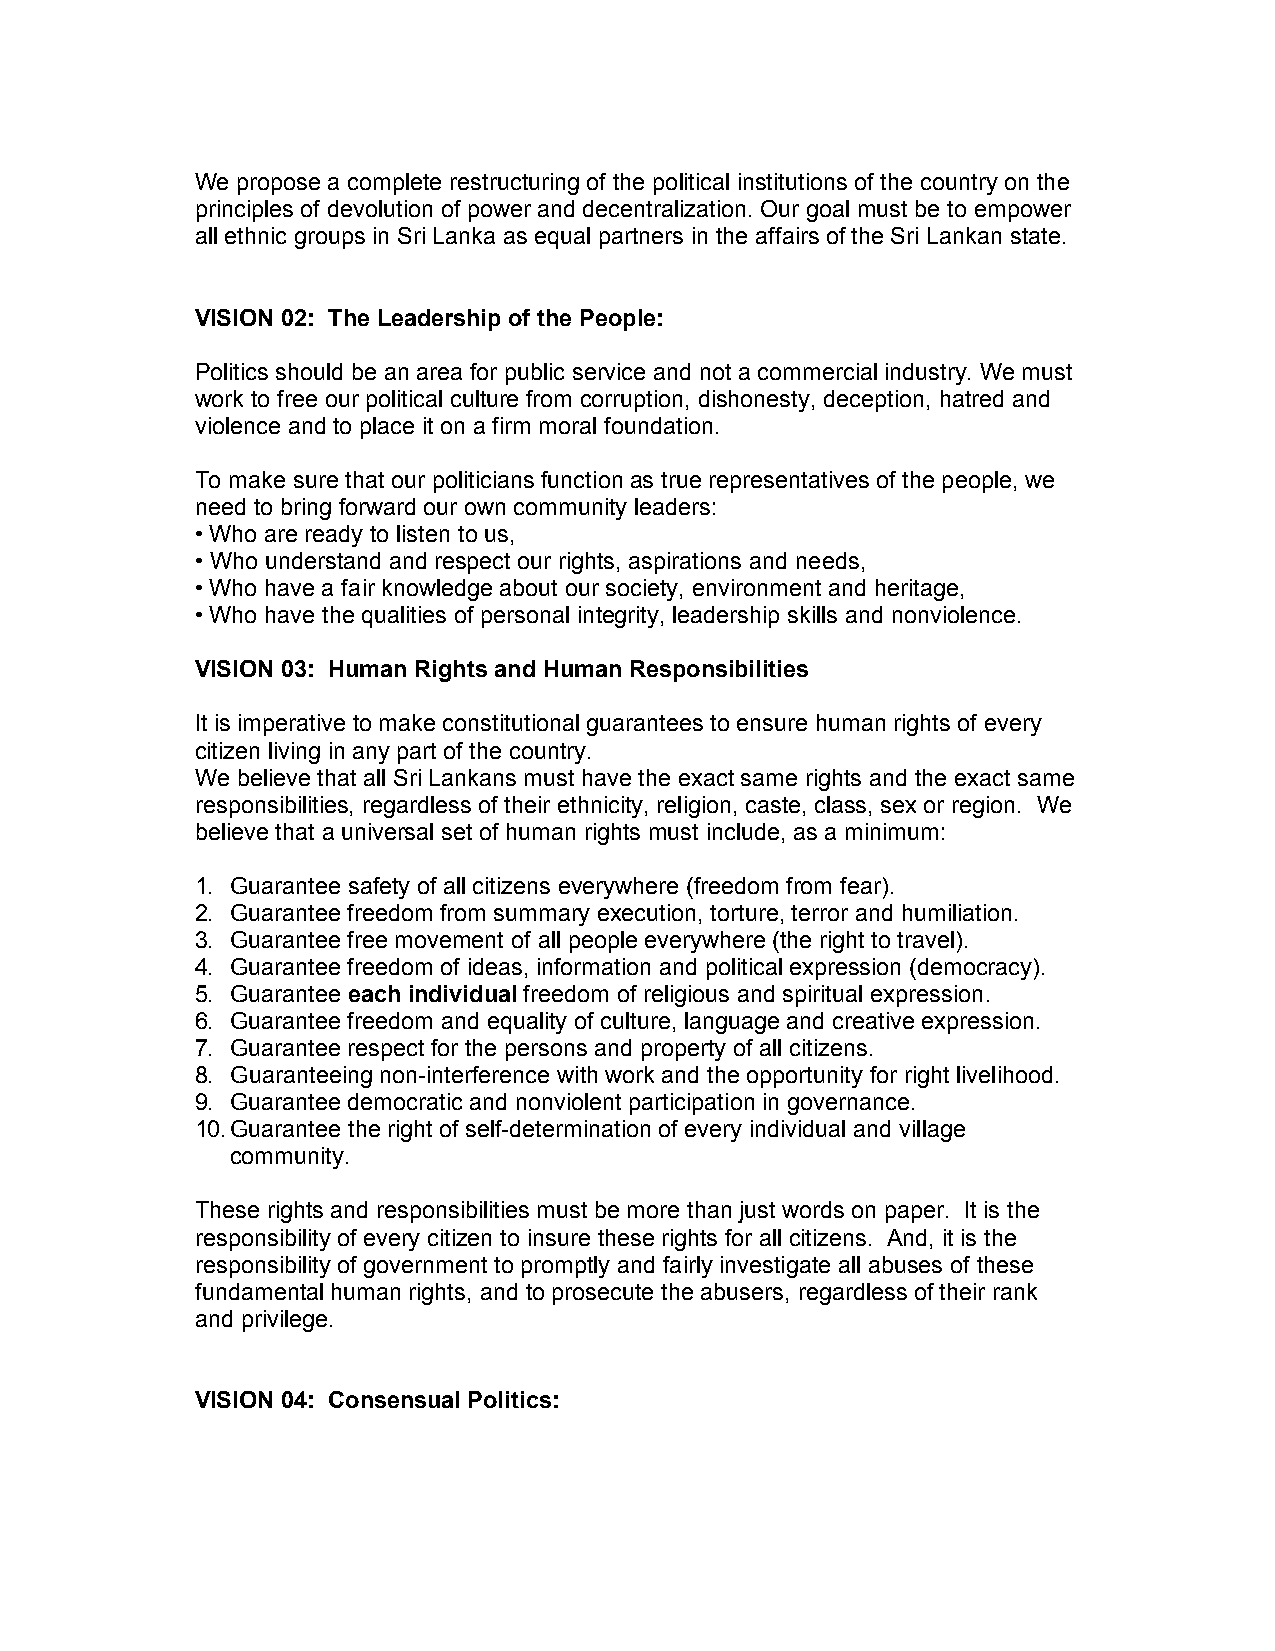
We propose a complete restructuring of the political institutions of the country on the
 principles of devolution of power and decentralization. Our goal must be to empower
 all ethnic groups in Sri Lanka as equal partners in the affairs of the Sri Lankan state.
 VISION 02: The Leadership of the People:
 Politics should be an area for public service and not a commercial industry. We must
 work to free our political culture from corruption, dishonesty, deception, hatred and
 violence and to place it on a firm moral foundation.
 To make sure that our politicians function as true representatives of the people, we
 need to bring forward our own community leaders:
 • Who are ready to listen to us,
 • Who understand and respect our rights, aspirations and needs,
 • Who have a fair knowledge about our society, environment and heritage,
 • Who have the qualities of personal integrity, leadership skills and nonviolence.
 VISION 03: Human Rights and Human Responsibilities
 It is imperative to make constitutional guarantees to ensure human rights of every
 citizen living in any part of the country.
 We believe that all Sri Lankans must have the exact same rights and the exact same
 responsibilities, regardless of their ethnicity, religion, caste, class, sex or region. We
 believe that a universal set of human rights must include, as a minimum:
 1. Guarantee safety of all citizens everywhere (freedom from fear).
 2. Guarantee freedom from summary execution, torture, terror and humiliation.
 3. Guarantee free movement of all people everywhere (the right to travel).
 4. Guarantee freedom of ideas, information and political expression (democracy).
 5. Guarantee each individual freedom of religious and spiritual expression.
 6. Guarantee freedom and equality of culture, language and creative expression.
 7. Guarantee respect for the persons and property of all citizens.
 8. Guaranteeing non-interference with work and the opportunity for right livelihood.
 9. Guarantee democratic and nonviolent participation in governance.
 10. Guarantee the right of self-determination of every individual and village
 community.
 These rights and responsibilities must be more than just words on paper. It is the
 responsibility of every citizen to insure these rights for all citizens. And, it is the
 responsibility of government to promptly and fairly investigate all abuses of these
 fundamental human rights, and to prosecute the abusers, regardless of their rank
 and privilege.
 VISION 04: Consensual Politics: